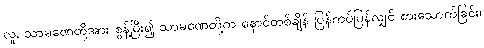
လူ, သာမဏေတို့အား စွန့်ပြီး၍ သာမဏေတို့က နောင်တစ်ချိန် ပြန်ကပ်ပြန်လျှင် စားသောက်ခြင်း၊